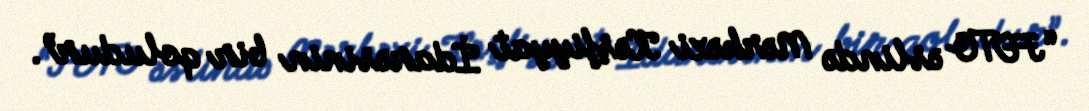
“FETO əslində Mərkəzi Kəşfiyyat İdarəsinin bir qoludur”.